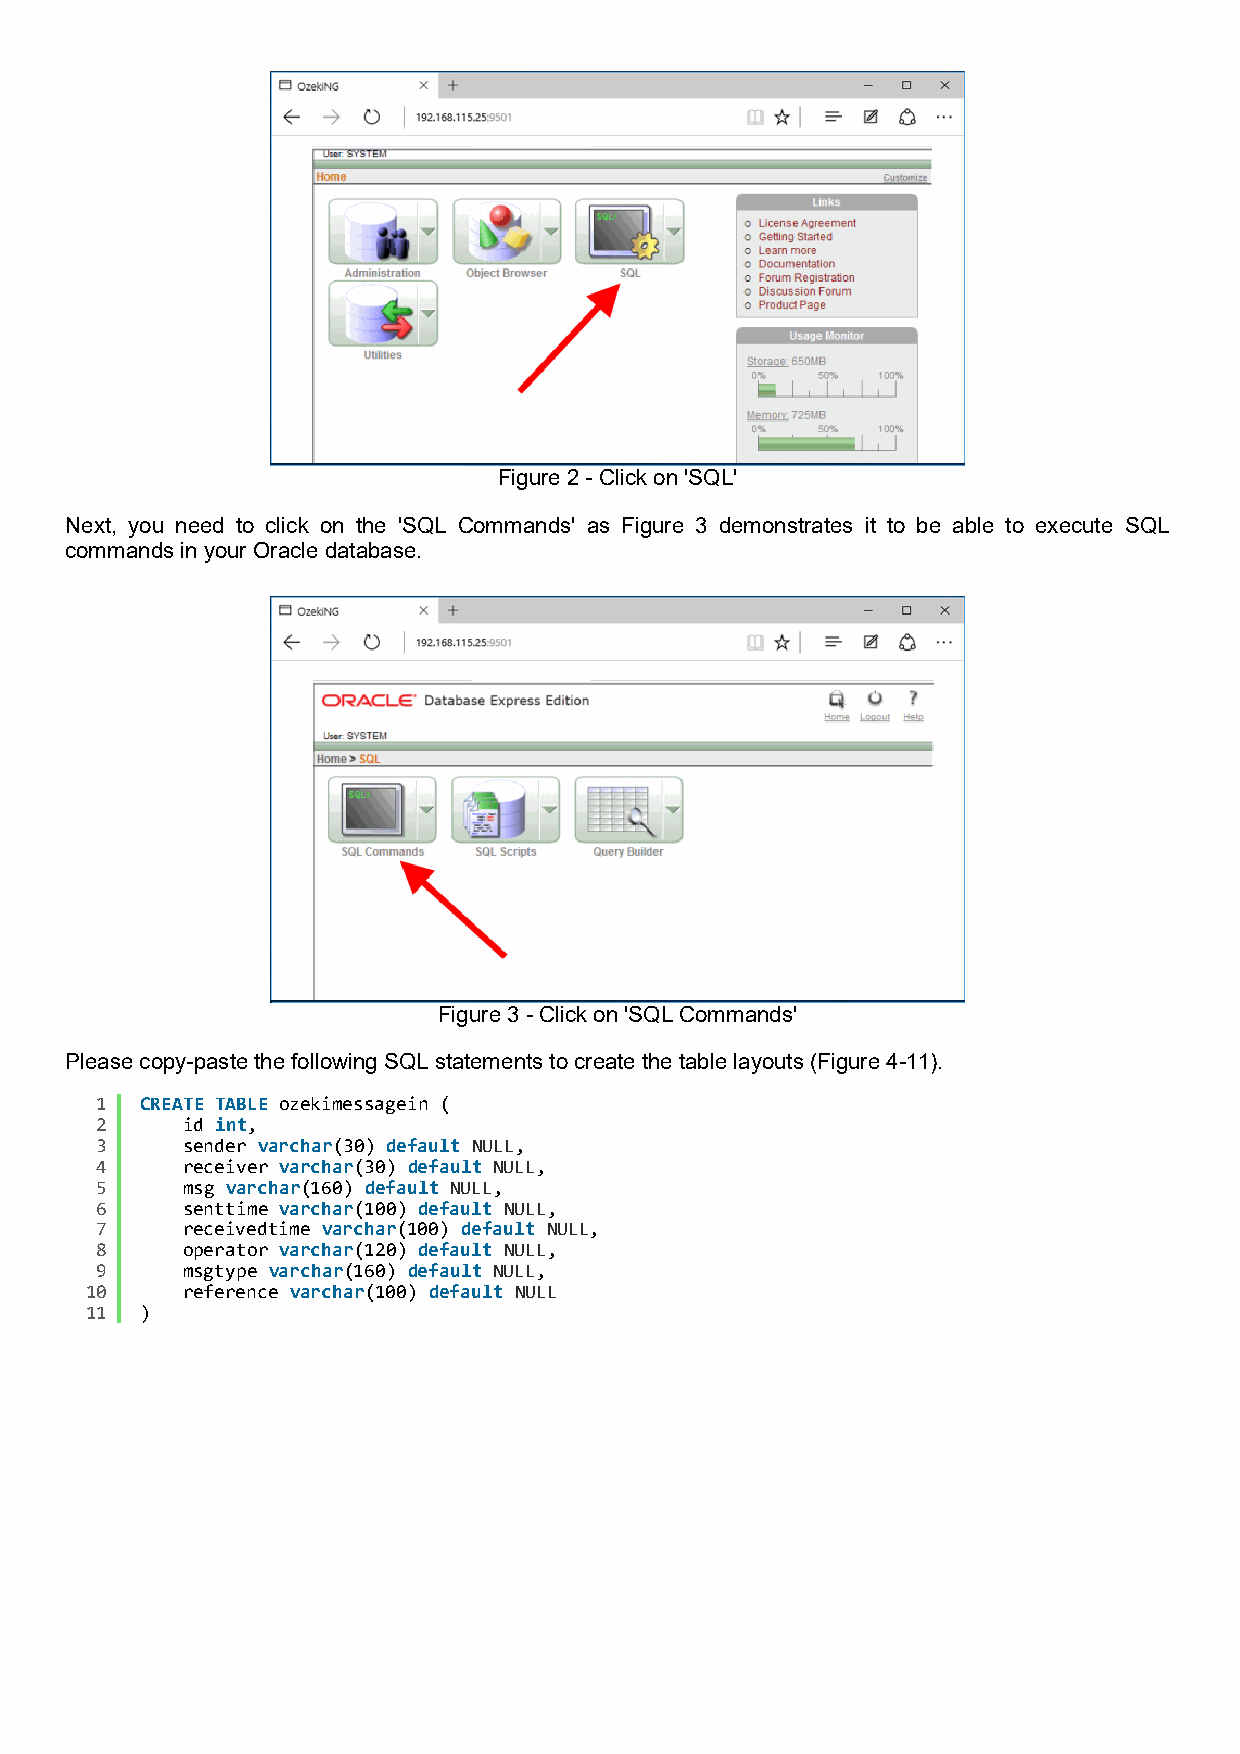
Figure 2 - Click on 'SQL'
 Next, you need to click on the 'SQL Commands' as Figure 3 demonstrates it to be able to execute SQL
 commands in your Oracle database.
 Figure 3 - Click on 'SQL Commands'
 Please copy-paste the following SQL statements to create the table layouts (Figure 4-11).
 1  CREATE TABLE ozekimessagein (
 2     id int,
 3     sender varchar(30) default NULL,
 4     receiver varchar(30) default NULL,
 5     msg varchar(160) default NULL,
 6     senttime varchar(100) default NULL,
 7     receivedtime varchar(100) default NULL,
 8     operator varchar(120) default NULL,
 9     msgtype varchar(160) default NULL,
 10    reference varchar(100) default NULL
 11 )